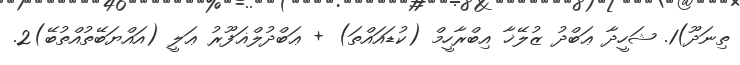
ތިނަދޫ)1. ޝަހީދާ ޢަބްދު ޒުލޭޚާ އިބްރާހީމް (ކުޑައައްތަ) + ޢަބްދުލްޣަފޫރު ޢަލީ (އައްޔަބޭތުއްތުބޭ)2.